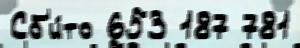
Сб'и́то 653 187 781